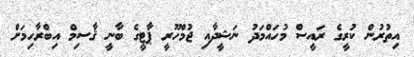
އިތުރުން ކުރީގެ ރައީސް މުހައްމަދު ނަޝީދާއި ޖުމްހޫރީ ޕާޓީގެ ބާނީ ޤާސިމް އިބްރާހިމަށް